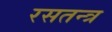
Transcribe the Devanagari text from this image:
रसतन्त्र